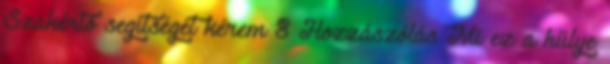
Szakértő segítségét kérem 8 Hozzászólás Mi ez a hülye